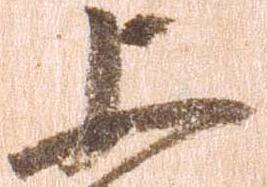
上